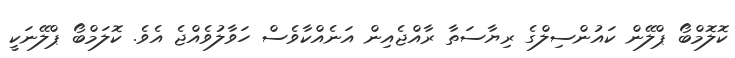
ކޮލޮމްބޯ ޕްލޭން ކައުންސިލްގެ ރިޔާސަތާ ރާއްޖެއިން އަނެއްކާވެސް ހަވާލުވެއްޖެ އެވެ. ކޮލަމްބޯ ޕްލޭނަކީ